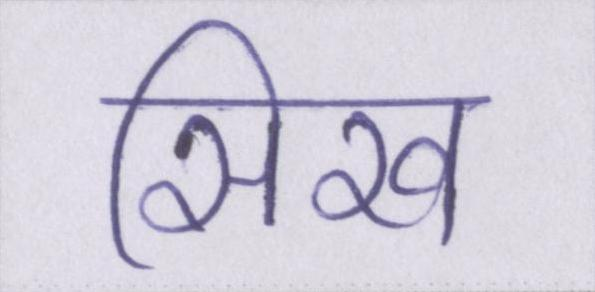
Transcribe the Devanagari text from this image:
सिख